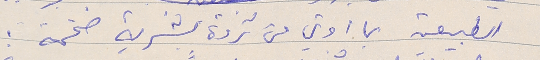
الطبيعية بما اوتي من ثروة بشرية ضخمة.